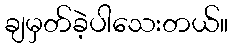
ချမှတ်ခဲ့ပါသေးတယ်။